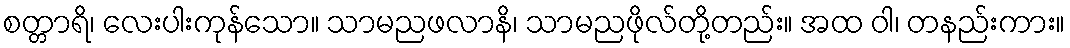
စတ္တာရိ၊ လေးပါးကုန်သော။ သာမညဖလာနိ၊ သာမညဖိုလ်တို့တည်း။ အထ ဝါ၊ တနည်းကား။